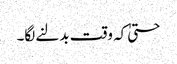
حتیٰ کہ وقت بدلنے لگا۔